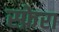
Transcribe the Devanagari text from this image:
स्फ़ेरा